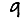
Digit: 9